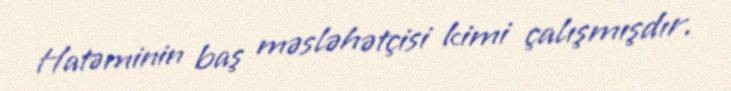
Hatəminin baş məsləhətçisi kimi çalışmışdır.